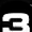
Digit: 3